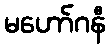
မဟော်ဂနီ